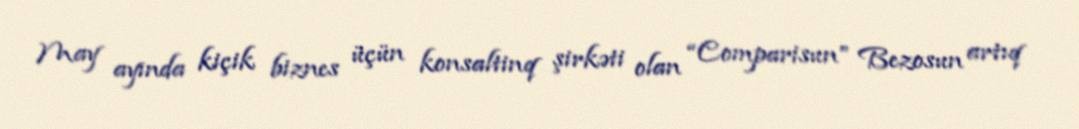
May ayında kiçik biznes üçün konsaltinq şirkəti olan “Comparisun” Bezosun artıq